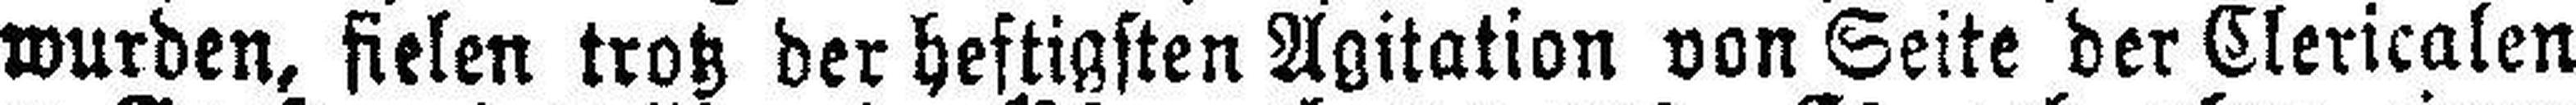
wurden, fielen trotz der heftigsten Agitation von Seite der Clericalen